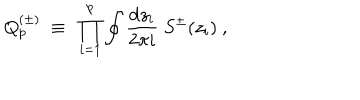
Q _ { p } ^ { ( \pm ) } { } ~ \equiv { } ~ \prod _ { i = 1 } ^ { p } \oint { \frac { \mathrm { d } z _ { i } } { 2 \pi i } } { } ~ { S ^ { \pm } } ( z _ { i } ) { } ~ ,